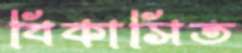
বিকাসিত